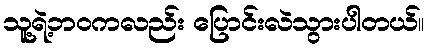
သူ့ရဲ့ဘဝကလည်း ပြောင်းလဲသွားပါတယ်။